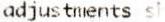
ADJUSTMENTS SH